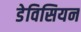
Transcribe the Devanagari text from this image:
डेविसियन